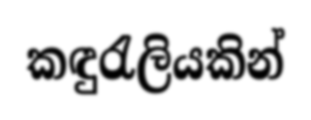
කඳුරැලියකින්